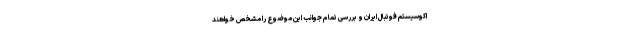
اکوسیستم فوتبال ایران و بررسی تمام جوانب این موضوع را مشخص خواهند